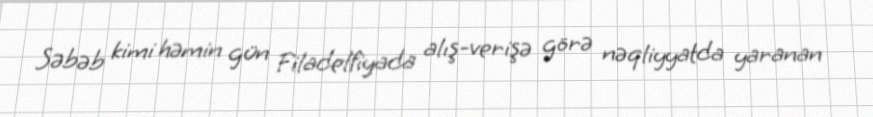
Səbəb kimi həmin gün Filadelfiyada alış-verişə görə nəqliyyatda yaranan